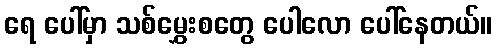
ရေ ပေါ်မှာ သစ်မွှေးစတွေ ပေါလော ပေါ်နေတယ်။